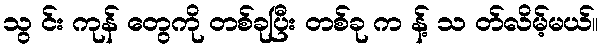
သွ င်း ကုန် တွေကို တစ်ခုပြီး တစ်ခု က န့် သ တ်လိမ့်မယ်။